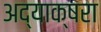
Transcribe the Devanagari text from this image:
अद्याक्षरा